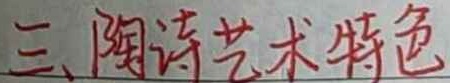
三、陶诗艺术特色